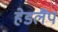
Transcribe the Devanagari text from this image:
हेडलैंप